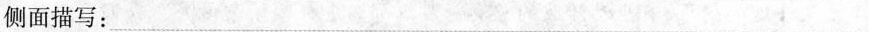
侧面描写：___